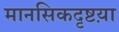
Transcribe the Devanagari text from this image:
मानसिकदृष्टय़ा